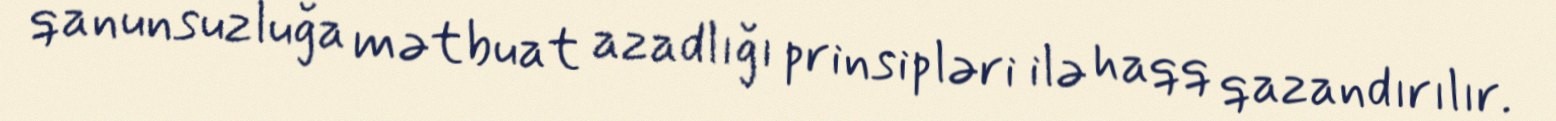
qanunsuzluğa mətbuat azadlığı prinsipləri ilə haqq qazandırılır.